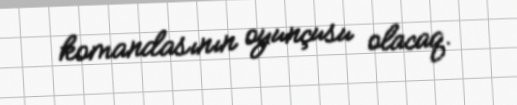
komandasının oyunçusu olacaq.